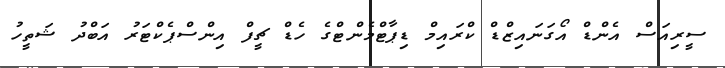
ސީރިއަސް އެންޑް އޯގަނައިޒްޑް ކްރައިމް ޑިޕާޓްމެންޓްގެ ހެޑް ޗީފް އިންސްޕެކްޓަރު އަބްދު ޝަތީހު